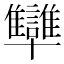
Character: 𠧐